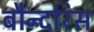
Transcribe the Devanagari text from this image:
बौन्दरिस